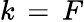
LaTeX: k\, =\, F